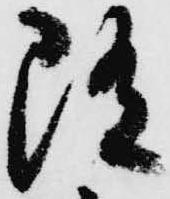
随